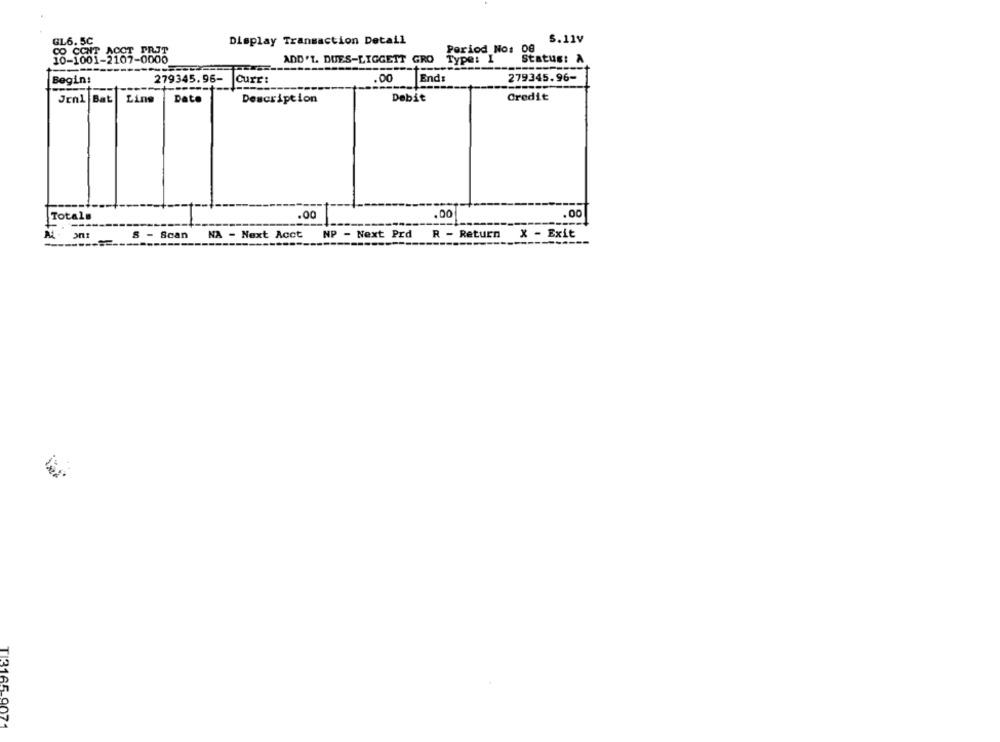
5.11V
GL6. 5C
Display Transaction Detail
CO CONT ACCT FRIT
Period No: 00
10-1001-2107-0000
ADD'T. DUES-LIGGETT GRO Type: I
Status: A
Begin!
279345.96-
Curr:
.00
Ends
279345.96-
Debit
Credit
JEnl Bat
Line
Dato
Description
Totals
.00
.00
.00
S - Scan
NA - Next Aoct
NP - Next Prd
R - Return
X - Exit
TI3165-9071